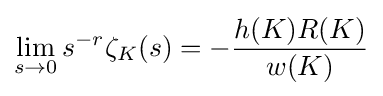
\lim _{s\rightarrow 0}s^{-r}\zeta _{K}(s)=-{\frac {h(K)R(K)}{w(K)}}